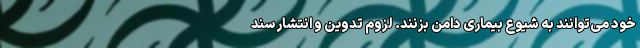
خود می‌توانند به شیوع بیماری دامن بزنند. لزوم تدوین و انتشار سند